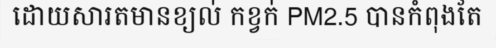
ដោយសារតមានខ្យល់ កខ្វក់ PM2.5 បានកំពុងតែ